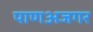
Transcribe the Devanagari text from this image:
पाणअजगर